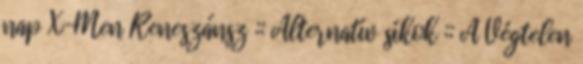
nap X-Men Reneszánsz :: Alternatív síkok :: A Végtelen